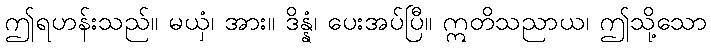
ဤရဟန်းသည်။ မယှံ၊ အား။ ဒိန္နံ၊ ပေးအပ်ပြီ။ ဣတိသညာယ၊ ဤသို့သော